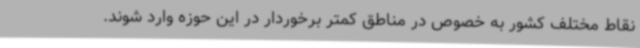
نقاط مختلف کشور به خصوص در مناطق کمتر برخوردار در این حوزه وارد شوند.